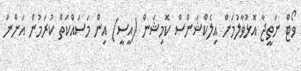
ވޯޓް ނަތީޖާ އޮޅުވާލުމަށް އިލެކްޝަންސް ކޮމިޝަން (އީސީ) އިން މަސައްކަތް ކުރަމުން އަންނަ